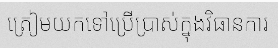
ត្រៀមយកទៅប្រើប្រាស់ក្នុងវិធានការ